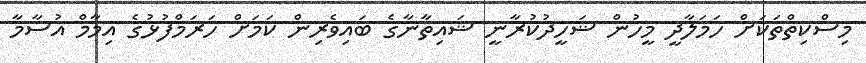
މިސްކިތްތަކަށް ހަމަލާދީ މީހުން ޝަހީދުކުރާނީ ޝައިތާނާގެ ބައިވެރިން ކަމަށް ހަރަމްފުޅުގެ އިމާމް އުސާމާ